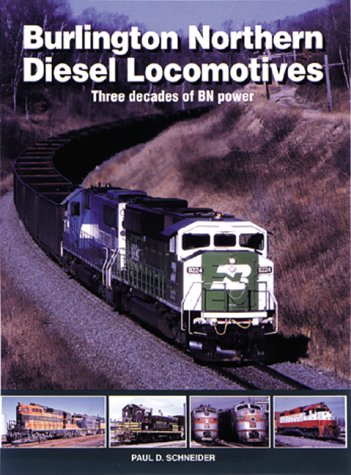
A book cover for Burlington Northern Diesel Locomotives: Three Decades of BN Power; Paul D. Schneider; Arts & Photography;